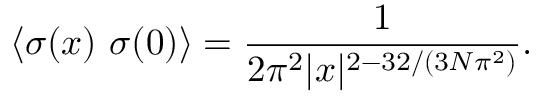
\langle \sigma ( x ) ~ \sigma ( 0 ) \rangle = \frac { 1 } { 2 \pi ^ { 2 } | x | ^ { 2 - 3 2 / ( 3 N \pi ^ { 2 } ) } } .